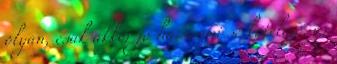
olyan, csak akkor jó ha semmi se kötelező. és